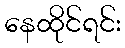
နေထိုင်ရင်း